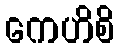
ကေဟိစိ